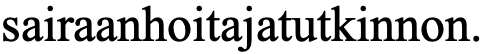
sairaanhoitajatutkinnon.